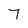
Character: 7